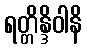
ရတ္တိန္ဒိဝါနိ